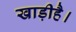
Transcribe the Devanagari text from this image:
खाड़ीहै।